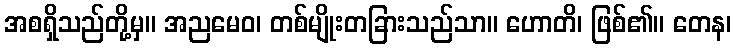
အစရှိသည်တို့မှ။ အညမေဝ၊ တစ်မျိုးတခြားသည်သာ။ ဟောတိ၊ ဖြစ်၏။ တေန၊